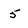
Character: 5